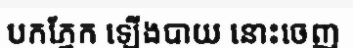
បកភ្នែក ឡើងបាយ នោះចេញ